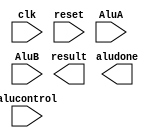
(* blackbox *)
module alu #(parameter BIT_WIDTH = 32)
(		
        input clk,  //clock signal
		input reset,//reset signal
		input  [BIT_WIDTH-1:0] AluA,  //source A of ALU
		input  [BIT_WIDTH-1:0] AluB,  //source B of ALU 		
		input  [4:0] alucontrol,  //ALU control signal
		output reg aludone,   //ALU done signal for controller (division emphasize)
  output reg [BIT_WIDTH-1:0] result //result of ALU operation
		);
  
endmodule